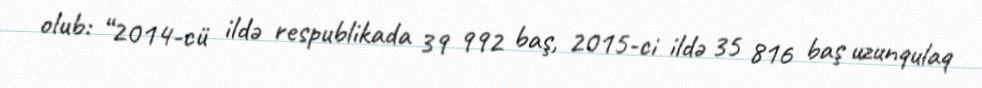
olub: “2014-cü ildə respublikada 39 992 baş, 2015-ci ildə 35 816 baş uzunqulaq